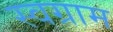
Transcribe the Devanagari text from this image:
स्वग्राम